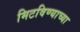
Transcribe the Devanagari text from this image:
मिटविण्याच्या